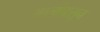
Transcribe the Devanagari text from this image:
मालांपासून